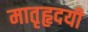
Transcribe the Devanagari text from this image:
मातृहृदयी